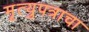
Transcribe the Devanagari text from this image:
मृत्युपत्राचा